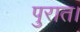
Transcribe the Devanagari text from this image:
पुरात।